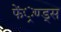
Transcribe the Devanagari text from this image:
फें्रण्ड्स